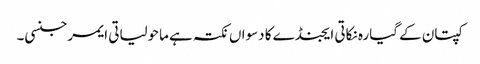
کپتان کے گیارہ نکاتی ایجنڈے کا دسواں نکتہ ہے ماحولیاتی ایمرجنسی۔